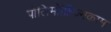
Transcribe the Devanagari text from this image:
पोलिमोर्फ़िज्मकाम